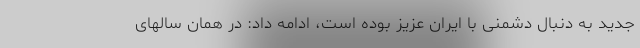
جدید به دنبال دشمنی با ایران عزیز بوده است، ادامه داد: در همان سالهای